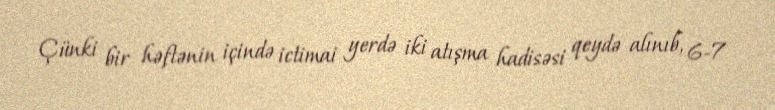
Çünki bir həftənin içində ictimai yerdə iki atışma hadisəsi qeydə alınıb, 6-7